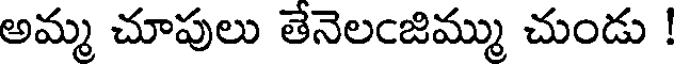
అమ్మ చూపులు తేనెలఁజిమ్ము చుండు !